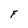
Character: F